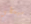
سيعطي